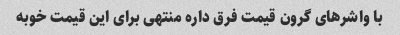
با واشرهای گرون قیمت فرق داره منتهی برای این قیمت خوبه